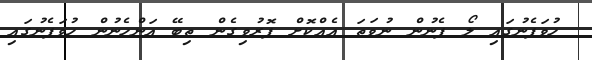
ހުވަފެނުގައި ލޯ ފެނުން ނުވަތަ އެއްކޮށް ފޮރުވިގެން ތިބޭ އަންހެނުން ހުވަފެނުގައި